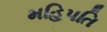
મહિપતિ